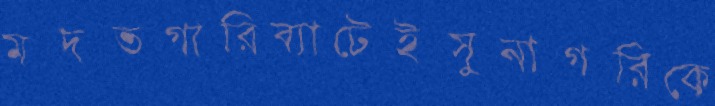
মদতগারিব্যাটেইসুনাগরিকে